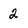
Character: 2